Tezpur Lunatic Asylum reports 1895-1904 - 1895-1904
Year: 1895
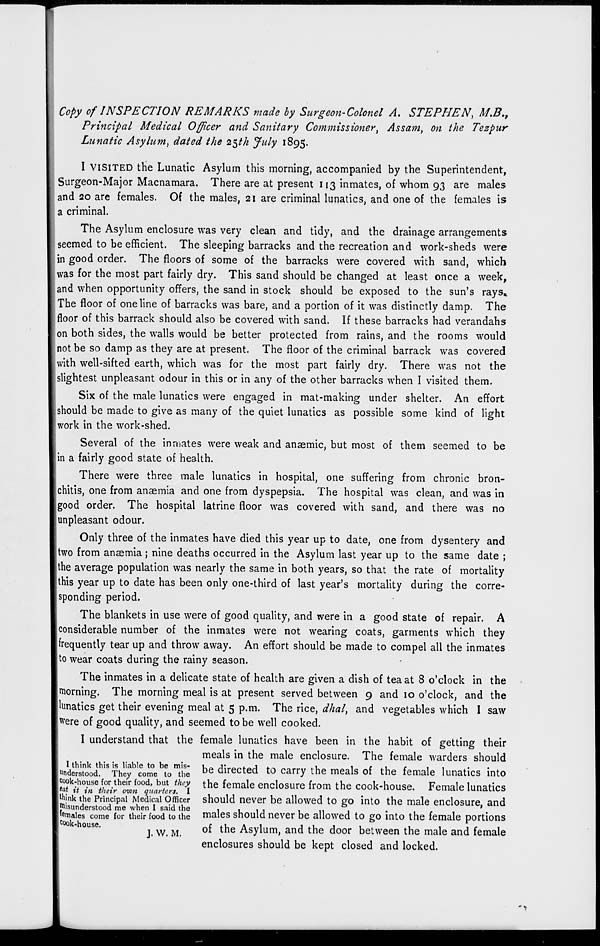
Copy of INSPECTION REMARKS made by Surgeon-Colonel A. STEPHEN, M.B.,
Principal Medical Officer and Sanitary Commissioner, Assa?n, Oft the Tezpur
Lunatic Asylum^ dated the 25th July 1895.
I VISITED the Lunatic Asylum this morning, accompanied by the Superintendent,
Surgeon-Major Macnamara. There are at present 113 inmates, of whom 93 are males
and 20 are females. Of the males, 21 are criminal lunatics, and one of the females is
a criminal.
The Asylum enclosure was very clean and tidy, and the drainage arrangements
seemed to be efficient. The sleeping barracks and the recreation and work-sheds were
in good order. The floors of some of the barracks were covered with sand, which
was for the most part fairly dry. This sand should be changed at least once a week,
and when opportunity offers, the sand in stock should be exposed to the sun's rays.
The floor of one line of barracks was bare, and a portion of it was distinctly damp. The
floor of this barrack should also be covered with sand. If these barracks had verandahs
on both sides, the walls would be better protected from rains, and the rooms would
not be so damp as they are at present. The floor of the criminal barrack was covered
with well-sifted earth, which was for the most part fairly dry. There was not the
slightest unpleasant odour in this or in any of the other barracks when I visited them.
Six of the male lunatics were engaged in mat-making under shelter. An effort
should be made to give as many of the quiet lunatics as possible some kind of light
work in the work-shed.
Several of the inmates were weak and anaemic, but most of them seemed to be
in a fairly good state of health.
There were three male lunatics in hospital, one suffering from chronic bron-
chitis, one from anaemia and one from dyspepsia. The hospital was clean, and was in
good order. The hospital latrine floor was covered with sand, and there was no
unpleasant odour.
Only three of the inmates have died this year up to date, one from dysentery and
two from anaemia ; nine deaths occurred in the Asylum last year up to the same date ;
the average population was nearly the same in both years, so that the rate of mortality
this year up to date has been only one-third of last year's mortality during the corre-
sponding period.
The blankets in use were of good quality, and were in a good state of repair. A
considerable number of the inmates were not wearing coats, garments which they
frequently tear up and throw away. An effort should be made to compel all the inmates
to wear coats during the rainy season.
The inmates in a delicate state of health are given a dish of tea at 8 o'clock in the
morning. The morning meal is at present served between 9 and 10 o'clock, and the
lunatics get their evening meal at 5 p.m. The rice, dhal, and vegetables which I saw
Were of good quality, and seemed to be well cooked.
I understand that the female lunatics have been in the habit of getting their
meals in the male enclosure. The female warders should
unde^
be directed to carry the meals of the female lunatics into
cook-house for their food, but they the female enclosure from the cook-house. Female lunatics
e «< it in their own quarters. I
^jnk the Principal Medical Officer should never be allowed to go into the male enclosure, and
Misunderstood me when I said the
1111
in
i ,
•
i
r
t
females come for their food to the males should never be allowed to go into the female portions
c ook.house.
^ ^
0 f f-^g Asylum, and the door between the male and female
enclosures should be kept closed and locked.
-*